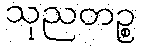
သုညတဉ္စ